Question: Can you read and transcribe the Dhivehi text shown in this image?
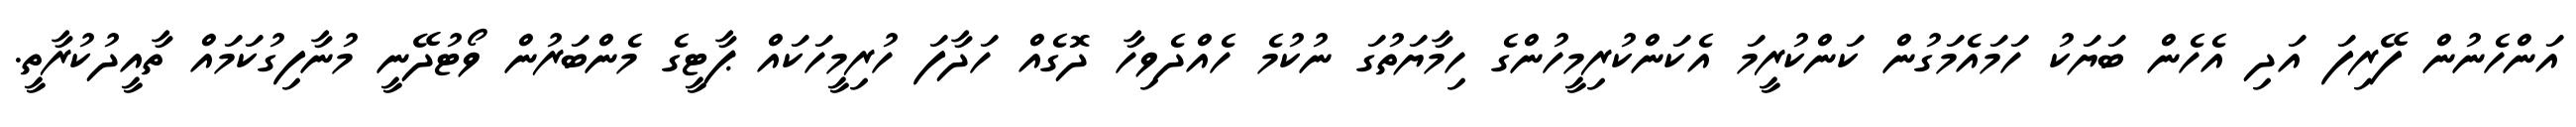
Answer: އަންހެނުން ފޭރިފަ އަދި އެހެން ބަޔަކު ހަމައެމަގުން ކަންކުރީމަ އެކަންކުރިމީހުންގެ ހިމާޔަތުގަ ނުކުމެ ހެއްދެވިހާ ދޮގެއް ހަދާފަ ހުރިމީހަކައް ޕާޓީގެ މެންބަރުން ވޯޓުދޭނީ މުނާފިގުކަމައް ތާއީދުކުރާތީ.